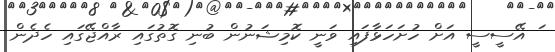
ަ އޭސީސީ އަށް ހުށަހަޅާފައި ވަނީ ކޮމިޝަނުން ބުނި ގޮތުގައި ރާއްޖޭގައި ހެދެން